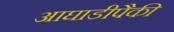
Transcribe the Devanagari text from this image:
आघाडीपैकी